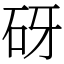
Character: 砑